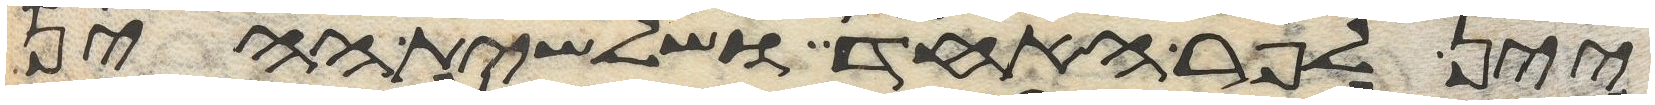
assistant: יין לפר האחד ושלשית ההין